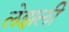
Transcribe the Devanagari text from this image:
लेझली